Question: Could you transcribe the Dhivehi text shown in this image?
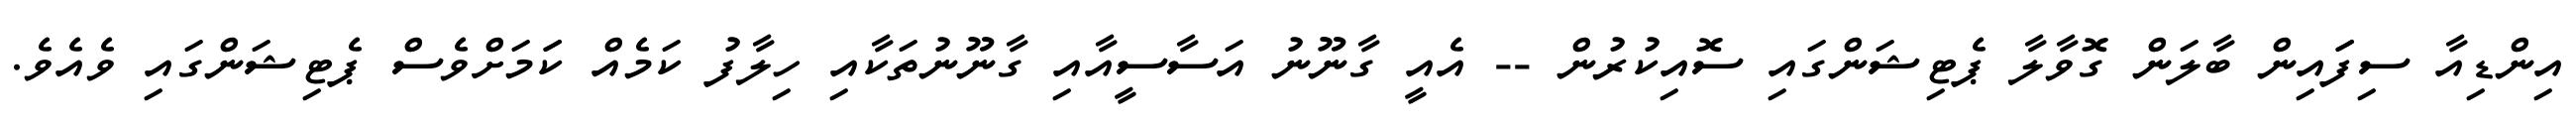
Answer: އިންޑިއާ ސިފަައިން ބާލަން ގޮވާލާ ޕެޓިޝަންގައި ސޮއިކުރުން -- އެއީ ގާނޫނު އަސާސީއާއި ގާނޫނުތަކާއި ހިލާފު ކަމެއް ކަަމަށްވެސް ޕެޓިޝަންގައި ވެއެވެ.